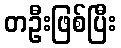
တဦးဖြစ်ပြီး